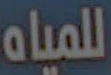
للمياه